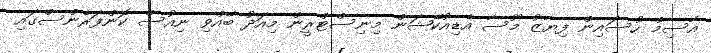
އާސިމް ހުސައިން ފިޔާޒު މޫސާ އެޑިއުކޭޝަން މިނިސްޓްރީން މިއަދު ބޭއްވި ނިއުސް ކޮންފަރެންސްގައި